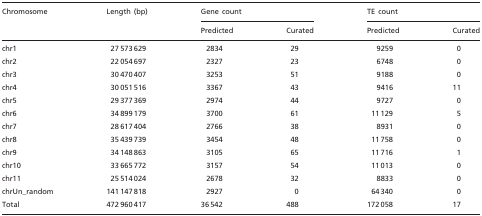
| <ROWSPAN=2> Chromosome | <ROWSPAN=2> Length (bp) | <COLSPAN=2> Gene count | <COLSPAN=2> TE count |
 | Predicted | Curated | Predicted | Curated |
 | --- | --- | --- | --- | --- | --- |
 | chr1 | 27 573 629 | 2834 | 29 | 9259 | 0 |
 | chr2 | 22 054 697 | 2327 | 23 | 6748 | 0 |
 | chr3 | 30 470 407 | 3253 | 51 | 9188 | 0 |
 | chr4 | 30 051 516 | 3367 | 43 | 9416 | 11 |
 | chr5 | 29 377 369 | 2974 | 44 | 9727 | 0 |
 | chr6 | 34 899 179 | 3700 | 61 | 11 129 | 5 |
 | chr7 | 28 617 404 | 2766 | 38 | 8931 | 0 |
 | chr8 | 35 439 739 | 3454 | 48 | 11 758 | 0 |
 | chr9 | 34 148 863 | 3105 | 65 | 11 716 | 1 |
 | chr10 | 33 665 772 | 3157 | 54 | 11 013 | 0 |
 | chr11 | 25 514 024 | 2678 | 32 | 8833 | 0 |
 | chrUn_random | 141 147 818 | 2927 | 0 | 64 340 | 0 |
 | Total | 472 960 417 | 36 542 | 488 | 172 058 | 17 |